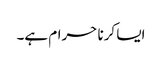
ایسا کرنا حرام ہے۔